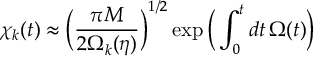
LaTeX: \chi _ { k } ( t ) \approx \bigg ( \frac { \pi M } { 2 \Omega _ { k } ( \eta ) } \bigg ) ^ { 1 / 2 } \exp \bigg ( \int _ { 0 } ^ { t } d t \, \Omega ( t ) \bigg )